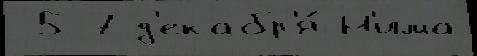
 5-7 д'екабр'я́ Н'има